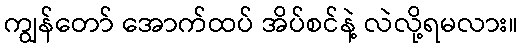
ကျွန်တော် အောက်ထပ် အိပ်စင်နဲ့ လဲလို့ရမလား။